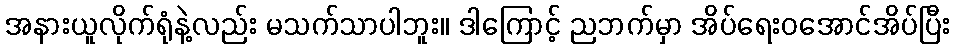
အနားယူလိုက်ရုံနဲ့လည်း မသက်သာပါဘူး။ ဒါကြောင့် ညဘက်မှာ အိပ်ရေးဝအောင်အိပ်ပြီး